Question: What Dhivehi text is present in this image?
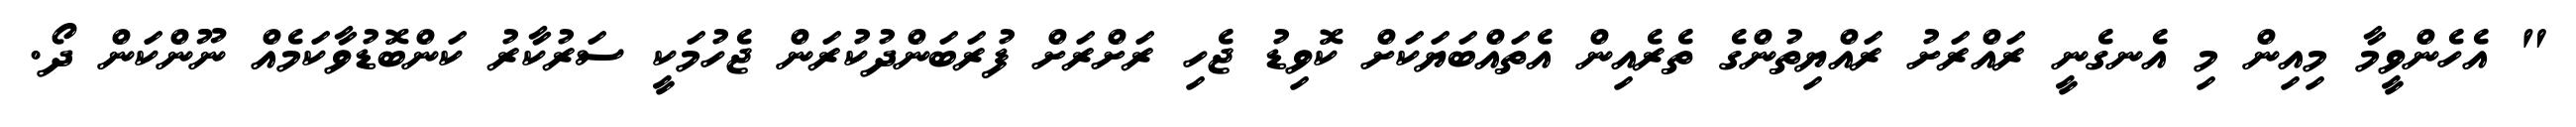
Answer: " އެހެންވީމާ މިއިން މި އެނގެނީ ރައްރަށު ރައްޔިތުންގެ ތެރެއިން އެތައްބަޔަކަށް ކޮވިޑު ޖެހި ރަށްރަށް ފުރަބަންދުކުރަން ޖެހުމަކީ ސަރުކާރު ކަންބޮޑުވާކަމެއް ނޫންކަން ދޯ.